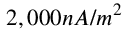
2 , 0 0 0 n A / m ^ { 2 }